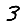
Digit: 3